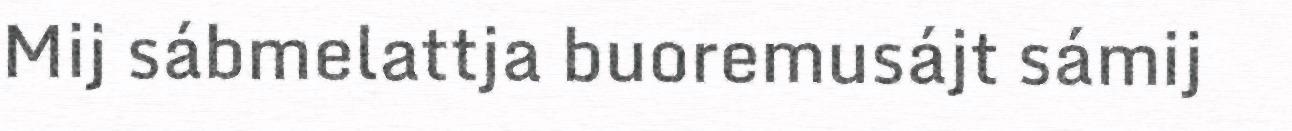
Mij sábmelattja buoremusájt sámij